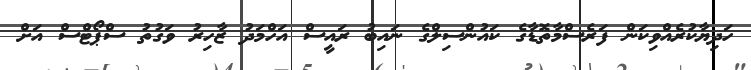
ހަދިޔާކުރެއްވިކަން ފަރެސްމާތޮޑާގެ ކައުންސިލްގެ ނައިބު ރައީސް އަހްމަދު ޒާހިރު ވަގުތު ސްޕޯޓްސް އަށް